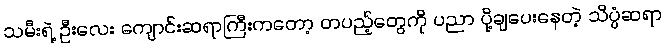
သမီးရဲ့ ဦးလေး ကျောင်းဆရာကြီးကတော့ တပည့်တွေကို ပညာ ပို့ချပေးနေတဲ့ သိပ္ပံဆရာ